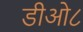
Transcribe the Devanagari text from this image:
डीओ८